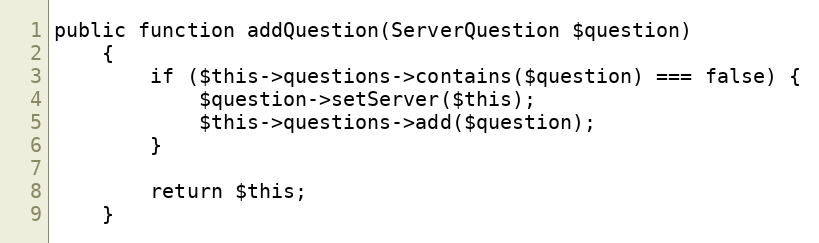
Language: PHP
public function addQuestion(ServerQuestion $question)
    {
        if ($this->questions->contains($question) === false) {
            $question->setServer($this);
            $this->questions->add($question);
        }

        return $this;
    }